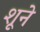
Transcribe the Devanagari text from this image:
शूने